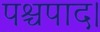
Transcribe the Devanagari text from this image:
पश्चपाद।